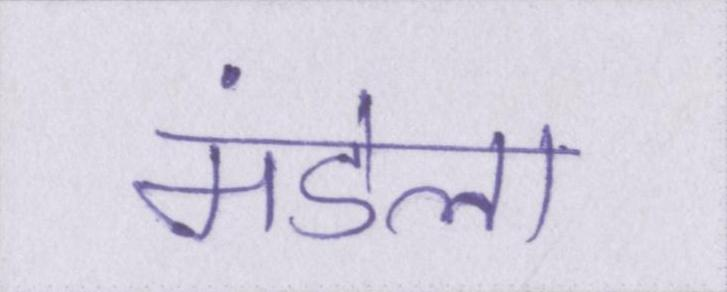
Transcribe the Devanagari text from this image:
मंडेला